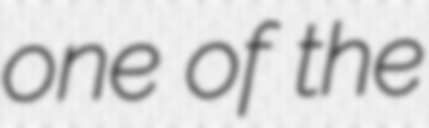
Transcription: one of the